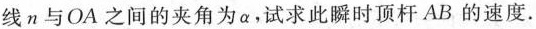
线n与OA之间的夹角为\alpha ，试求此瞬时顶杆AB的速度。